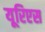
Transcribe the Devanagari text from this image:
यूरिएस